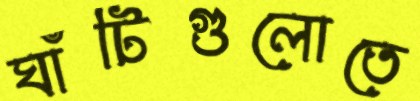
ঘাঁটিগুলোতে